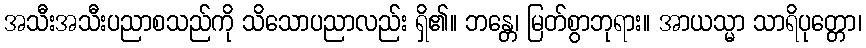
အသီးအသီးပညာစသည်ကို သိသောပညာလည်း ရှိ၏။ ဘန္တေ၊ မြတ်စွာဘုရား။ အာယသ္မာ သာရိပုတ္တော၊